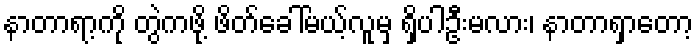
နာတာရာ့ကို တွဲကဖို့ ဖိတ်ခေါ်မယ့်လူမှ ရှိပါဦးမလား၊ နာတာရှာတော့